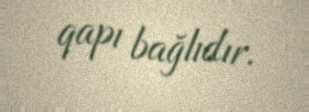
qapı bağlıdır.